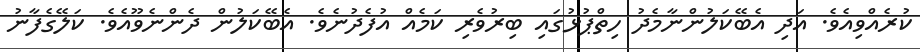
ކުރެއްވިއެވެ. އަދި އެބޭކަލުންނާމެދު ހިތްޕުޅުގައި ބިރުވެރި ކަމެއް އުފެދުނެވެ. އެބޭކަލުން ދެންނެވޫއެވެ. ކަލޭގެފާނު